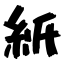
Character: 紙